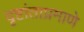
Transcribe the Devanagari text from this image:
दृष्टांताप्रमाणे